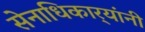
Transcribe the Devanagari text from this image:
सेनाधिकार्‍यांनी